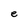
Character: e